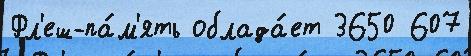
Фл'еш-па́м'ять облада́ет 3650 607